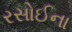
રસોઈના